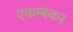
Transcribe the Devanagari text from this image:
एकम्बेकर